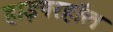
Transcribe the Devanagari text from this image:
हाइपरहॉल